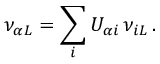
\nu _ { { \alpha } L } = \sum _ { i } U _ { { \alpha } i } \, \nu _ { i L } \, .